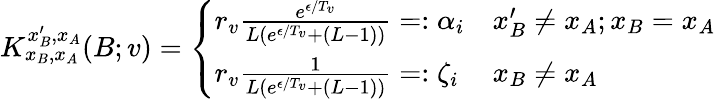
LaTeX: \begin{array}{r}{K_{x_{B},x_{A}}^{x_{B}^{\prime},x_{A}}(B;v)=\left\{ \begin{array}{ll}{r_{v}\frac{e^{\epsilon/T_{v}}}{L(e^{\epsilon/T_{v}}+(L-1))}=:\alpha_{i}}&{x_{B}^{\prime}\neq x_{A};x_{B}=x_{A}}\\ {r_{v}\frac{1}{L(e^{\epsilon/T_{v}}+(L-1))}=:\zeta_{i}}&{x_{B}\neq x_{A}}\end{array}\right.}\end{array}